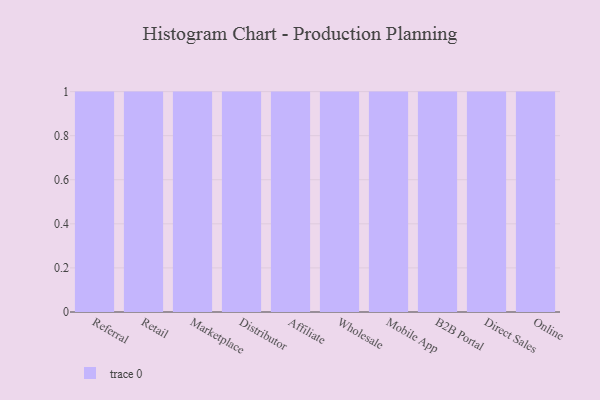
{"axis": {"x": "Channel", "y": "Temperature (°C)"}, "legend": [""], "data": [{"x": "Referral", "y": 83, "type": ""}, {"x": "Retail", "y": 50, "type": ""}, {"x": "Marketplace", "y": 86, "type": ""}, {"x": "Distributor", "y": 31, "type": ""}, {"x": "Affiliate", "y": 59, "type": ""}, {"x": "Wholesale", "y": 38, "type": ""}, {"x": "Mobile App", "y": 74, "type": ""}, {"x": "B2B Portal", "y": 92, "type": ""}, {"x": "Direct Sales", "y": 1, "type": ""}, {"x": "Online", "y": 45, "type": ""}]}